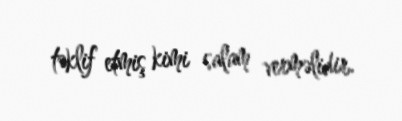
təklif etmiş kimi salam verməlidir.